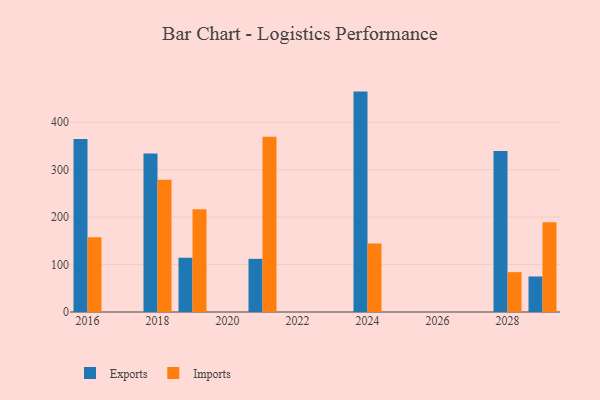
{"axis": {"x": "Year", "y": "Latency (ms)"}, "legend": ["Exports", "Imports"], "data": [{"x": "2019", "y": 114.4, "type": "Exports"}, {"x": "2019", "y": 216.5, "type": "Imports"}, {"x": "2016", "y": 364.7, "type": "Exports"}, {"x": "2016", "y": 157.4, "type": "Imports"}, {"x": "2028", "y": 339.6, "type": "Exports"}, {"x": "2028", "y": 84.0, "type": "Imports"}, {"x": "2018", "y": 334.1, "type": "Exports"}, {"x": "2018", "y": 278.6, "type": "Imports"}, {"x": "2029", "y": 74.9, "type": "Exports"}, {"x": "2029", "y": 189.4, "type": "Imports"}, {"x": "2021", "y": 112.1, "type": "Exports"}, {"x": "2021", "y": 369.7, "type": "Imports"}, {"x": "2024", "y": 464.7, "type": "Exports"}, {"x": "2024", "y": 144.4, "type": "Imports"}]}